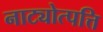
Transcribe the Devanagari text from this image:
नाट्योत्पत्ति